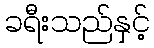
ခရီးသည်နှင့်